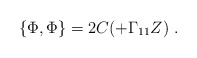
\begin{align*}\{ \Phi , \Phi \}= 2 C (\sl + \Gamma_{11} Z ) \ .\end{align*}